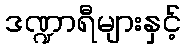
ဒဏ္ဍာရီများနှင့်